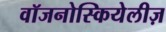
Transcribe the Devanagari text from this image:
वॉजनोस्कियेलीज़